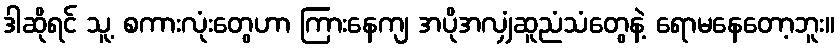
ဒါဆိုရင် သူ့ စကားလုံးတွေဟာ ကြားနေကျ အပိုအလျှံဆူညံသံတွေနဲ့ ရောမနေတော့ဘူး။